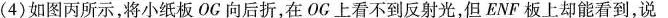
(4)如图丙所示，将小纸板OG向后折，在OC上看不到反射光，但ENF板上却能看到，说